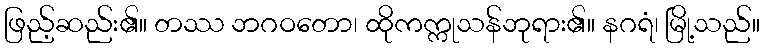
ဖြည့်ဆည်း၏။ တဿ ဘဂဝတော၊ ထိုကက္ကုသန်ဘုရား၏။ နဂရံ၊ မြို့သည်။